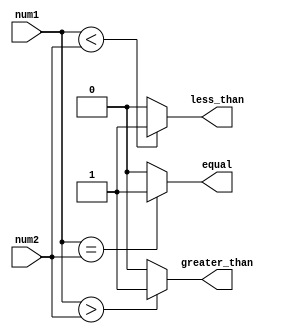
module serial_comparator(
    input [7:0] num1,
    input [7:0] num2,
    output equal,
    output less_than,
    output greater_than
);

reg [7:0] temp_num1;
reg [7:0] temp_num2;

assign equal = (temp_num1 == temp_num2) ? 1'b1 : 1'b0;
assign less_than = (temp_num1 < temp_num2) ? 1'b1 : 1'b0;
assign greater_than = (temp_num1 > temp_num2) ? 1'b1 : 1'b0;

always @* begin
    temp_num1 = num1;
    temp_num2 = num2;
end

endmodule